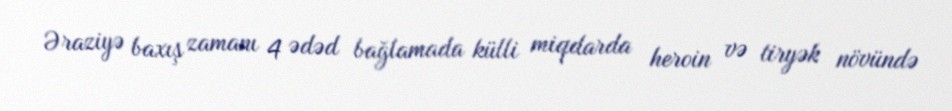
Əraziyə baxış zamanı 4 ədəd bağlamada külli miqdarda heroin və tiryək növündə